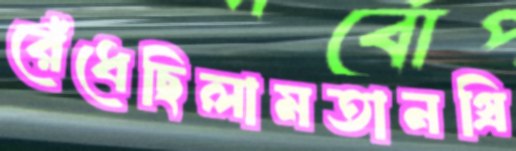
রেঁধেছিলামতানগ্রি